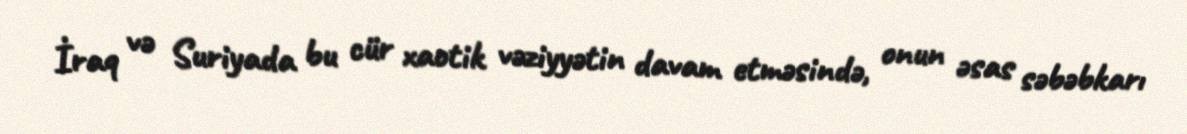
İraq və Suriyada bu cür xaotik vəziyyətin davam etməsində, onun əsas səbəbkarı